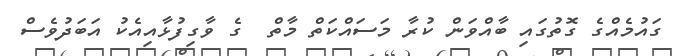
ގައުމެއްގެ ގޮތުގައި ބާއްވަން ކުރާ މަސައްކަތް މާތް  ގެ ވާގިފުޅާއިއެކު އަބަދުވެސް